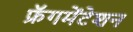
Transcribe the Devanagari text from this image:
फ्रॅगमेंटेशन